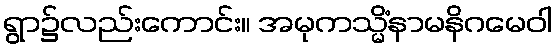
ရွာ၌လည်းကောင်း။ အမုကသ္မိံနာမနိဂမေဝါ